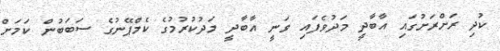
ކުދި ރަށްރަށުގައި އާބާދީ މަދުވެފައި ވަނީ އާބާދީ މަދުކުރުމުގެ ކެމްޕޭނުގެ ސަބަބުން ކަމަށް